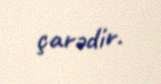
çarədir.